Indian journal of veterinary science and animal husbandry - Volume 2,
Year: 1932
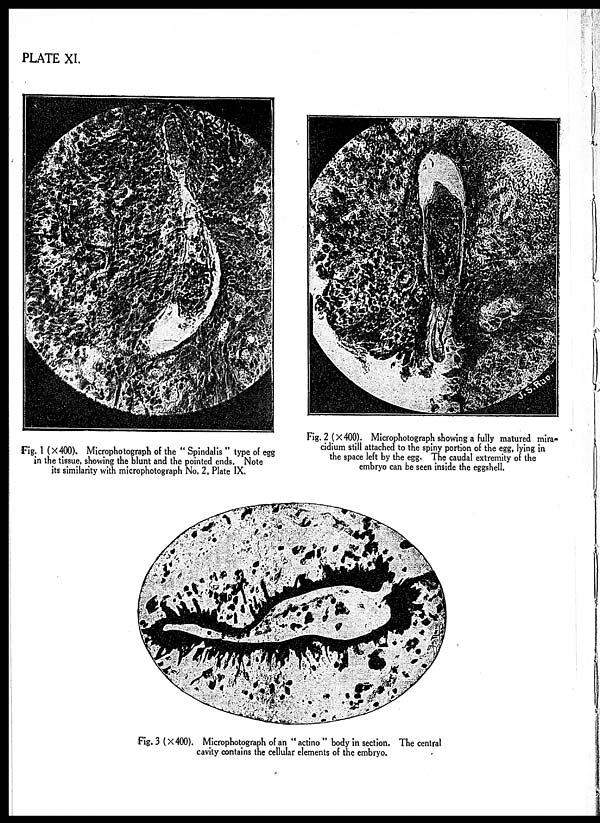
PLATE XI.
Fig. 1 (×400). Microphotograph of the " Spindalis " type of egg
in the tissue, showing the blunt and the pointed ends. Note
its similarity with microphotograph No. 2, Plate IX.
Fig. 2(×400). Microphotograph showing a fully matured mira-
cidium still attached to the spiny portion of the egg, lying in
the space left by the egg. The caudal extremity of the
embryo can be seen inside the eggshell.
Fig. 3 (×400). Microphotograph of an " actino " body in section. The central
cavity contains the cellular elements of the embryo.